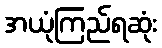
အယုံကြည်ရဆုံး